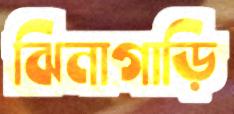
ঝিনাগাড়ি